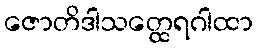
ဇောတိဒါသတ္ထေရဂါထာ